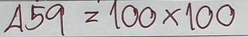
459 = 100x100